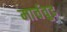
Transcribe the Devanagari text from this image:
मार्चवुड